Annual statistical returns and brief notes on vaccination in Bengal - 1896-1909
Year: 1896
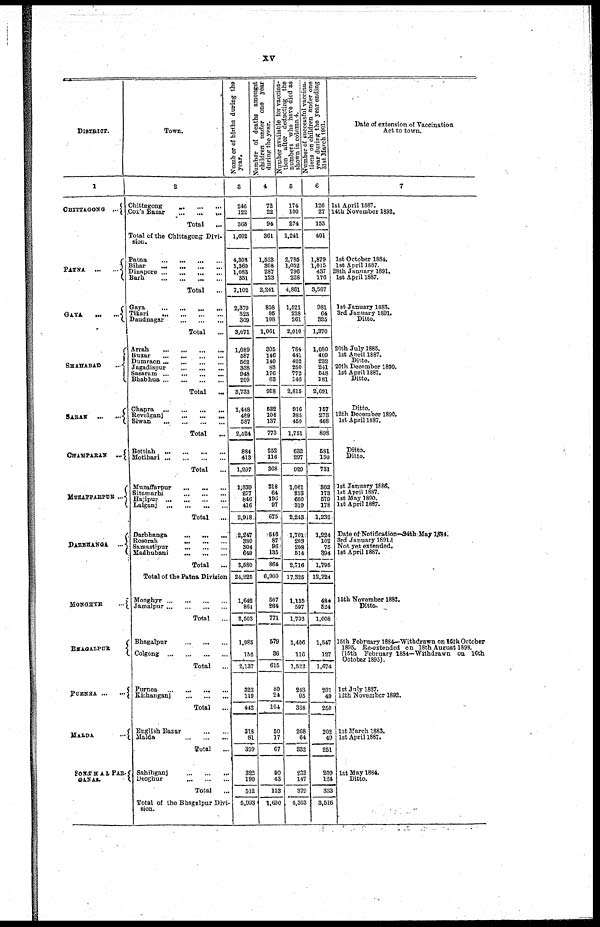
xv
DISTRICT.
1
CHITAGONG ...
PATNA
...
...
GAYA
...
...
SHAHABAD
...
SAEAN ... ...
CHAMPARAN
...
MUZAFFARAPUR ...
DARBHANGA
...
MONGHYR
...
BHAGALPUR
PURNEA ... ...
MALDA
...
SONTHALPAR-
GANAS.
Town.
2
Chittagong
...
...
...
Cox's Bazar
...
...
...
Total
...
Total of the Chittagong Divi-
sion.
Patna
...
...
...
...
Bihar
...
...
...
...
Dinapore
...
...
...
...
Barh ... ... ... ...
Total ...
Gaya ... ... ... ...
Tikari
...
...
...
...
Daudnagar
...
...
...
Total ...
Arrah
...
...
...
...
Buxar
...
...
...
...
Dumraon ... ... ... ...
Jagadispur
...
...
...
Sasaram
...
...
...
...
Bhabhua ... ... ... ...
Total ...
Chapra
...
...
...
Revelganj
...
...
...
Siwan
...
...
...
...
Total ...
Bettiah
...
...
...
...
Motihari
...
...
...
...
Total ...
Muzaffarpur
...
...
...
Sitamarhi
...
...
...
Hajipur
...
...
...
...
Lalganj
...
...
...
...
Total
...
Darbhanga
...
...
...
Roserah ... ... ...
Samastipur
...
...
...
Madhubani
...
...
...
Total ...
Total of the Patna Division
Monghyr ... ... ... ...
Jamalpur ... ... ... ...
Total ...
Bhagalpur
...
...
...
Colgong
...
...
...
...
Total
...
Purnea ... ... ...
Kishanganj
...
...
...
Total
...
English Bazar ... ...
Malda
...
...
...
Total
...
Sahibganj
...
...
...
Deoghur
...
...
...
Total
...
Total of the Bhagalpur Divi-
sion.
Number of births during the
year.
3
246
122
368
1,602
4,308
1,360
1,083
351
7,102
2,379
323
369
3,071
1,089
587
562
338
948
209
3,733
1,448
489
587
2,524
884
413
1,297
1,379
277
846
416
2,918
2,247
330
304
649
3,580
24,225
1,642
861
2,503
1,985
152
2,137
323
119
442
318
81
339
322
190
512
5,993
Number of deaths amongst
children under one year
during the year.
4
72
22
94
361
1,523
308
287
123
2,241
858
95
108
1,061
305
146
140
88
176
63
918
532
104
137
773
252
116
368
318
64
196
97
675
546
87
96
135
864
6,900
507
264
771
579
36
615
80
24
104
50
17
67
90
43
133
1,690
Number available for vaccina-
tion after deducting the
numbers who have died as
shown
in
column
4.
5
174
100
274
1,241
2,785
1,052
796
228
4,861
1,521
228
261
2,010
784
441
422
250
772
146
2,815
916
385
450
1,751
632
297
929
1,061
213
650
319
2,243
1,701
263
208
514
2,716
17,325
1,135
597
1,733
1,406
116
1,522
243
95
338
268
64
332
232
147
379
4,303
Number of successful vaccina-
tions on children under one
year during the year ending
31st
March
1901.
6
126
27
153
401
1,879
1,015
437
176
3,507
981
64
325
1,370
1,080
409
232
241
548
181
2,691
157
273
468
898
581
150
731
302
173
579
178
1,232
1,224
102
75
994
1,795
12,224
484
524
1,008
1,547
127
1,674
201
49
250
202
49
251
209
124
333
3,516
Date of extension of Vaccination
Act to town.
7
1st April 1887.
14th November 1892.
1st October 1884.
1st April 1887.
28th January 1891.
1st April 1887.
1st January 1683.
3rd January 1891.
Ditto.
20th July 1885.
1st April 1887.
Ditto.
20th December 1890.
1st April 1887.
Ditto.
Ditto.
12th December 1890.
1st April 1887.
Ditto.
Ditto.
1st January 1886.
1st April 1887.
1st May 1890.
1st April 1887.
Date of Notification—24th May 1834.
3rd January 1891
Not yet extended.
1st April 1887.
15th November 1882.
Ditto.
15th February 1884—Withdrawn on 16th October
(15th February 1884—Withdrawn on 16th
1st July 1887.
12th November 1892.
1st March 1883.
1st April 1887.
1st May 1884.
Ditto.